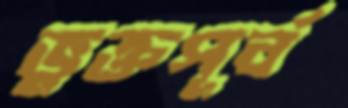
ভুক্তপূর্ব